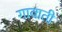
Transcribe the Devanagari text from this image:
गावाती